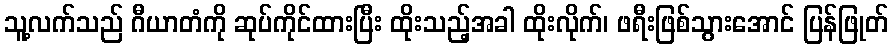
သူ့လက်သည် ဂီယာတံကို ဆုပ်ကိုင်ထားပြီး ထိုးသည့်အခါ ထိုးလိုက်၊ ဖရီးဖြစ်သွားအောင် ပြန်ဖြုတ်